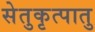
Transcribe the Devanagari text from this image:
सेतुकृत्पातु